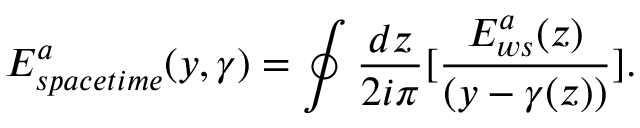
E _ { s p a c e t i m e } ^ { a } ( y , \gamma ) = \oint { \frac { d z } { 2 i \pi } } \lbrack { \frac { E _ { w s } ^ { a } ( z ) } { ( y - \gamma ( z ) ) } } \rbrack .